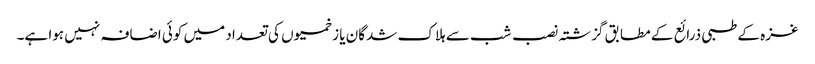
غزہ کے طبی ذرائع کے مطابق گزشتہ نصب شب سے ہلاک شدگان یا زخمیوں کی تعداد میں کوئی اضافہ نہیں ہوا ہے۔